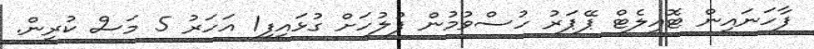
ފާހަނައިން ޓޮއިލެޓް ޕޭޕަރު ހުސްވުމުން ފުލުހަށް ގުޅައިފި1 އަހަރު 5 މަސް ކުރިން.